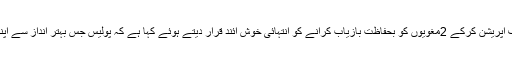
شہری و عوامی حلقوں نے پولیس کی جانب سے ڈاکوئوں کیخلاف آپریشن کرکے 2مغویوں کو بحفاظت بازیاب کرانے کو انتہائی خوش آئند قرار دیتے ہوئے کہا ہے کہ پولیس جس بہتر انداز سے اپنے فرائض کی انجام دہی کو یقینی بنارہی ہے وہ قابل تعریف ہے۔